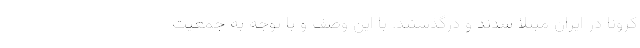
کرونا در ایران مبتلا شدند و درگذشتند. با این وصف و با توجه به جمعیت